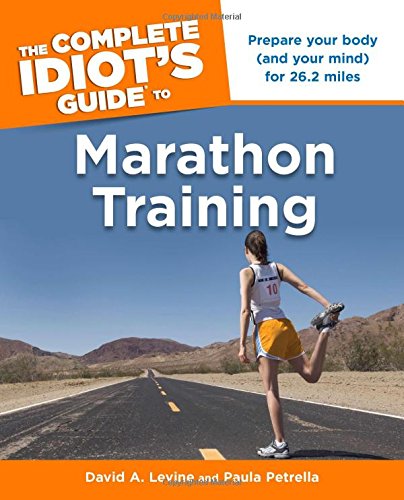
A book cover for The Complete Idiot's Guide to Marathon Training (Idiot's Guides); David Levine; Sports & Outdoors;